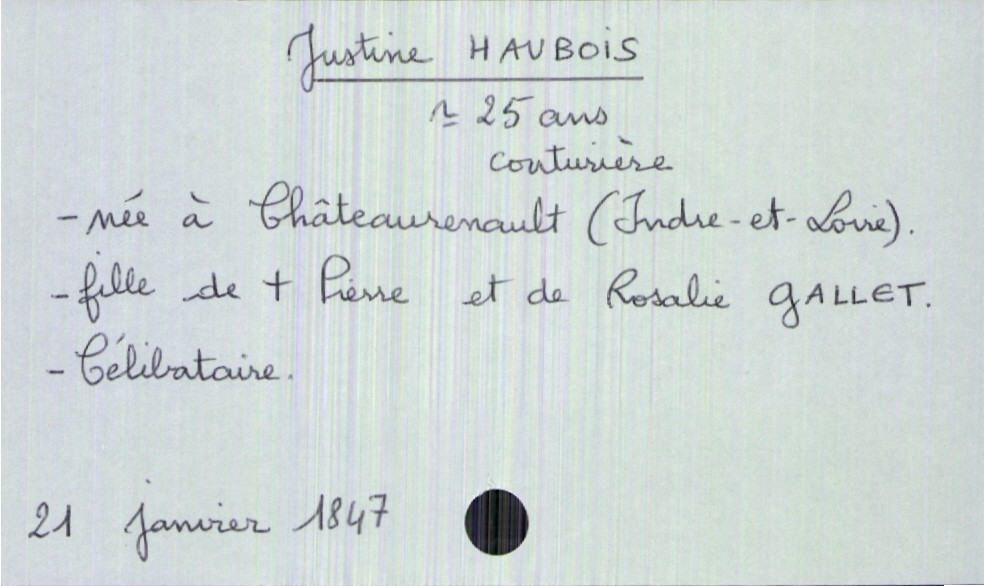
type_acte: Décès
année: 1847
mois: janvier
jour: 21
défunt_nom: Haubois
défunt_prénom: Justine
défunt_sexe: F
défunt_âge: 25 ans
défunt_profession: couturière
défunt_lieu_de_naissance: Châteaurenault (Indre-et-Loire)
défunt_statut: célibataire
père_défunt_nom: Haubois
père_défunt_prénom: Pierre
père_défunt_statut: décédé
mère_défunt_nom: Gallet
mère_défunt_prénom: Rosalie